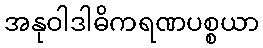
အနုဝါဒါဓိကရဏပစ္စယာ